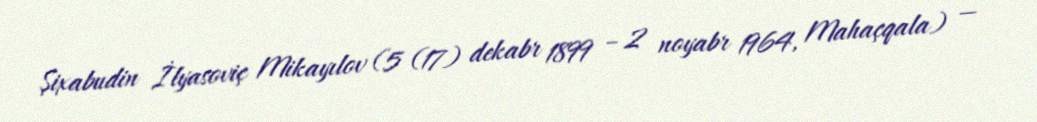
Şixabudin İlyasoviç Mikayılov (5 (17) dekabr 1899 – 2 noyabr 1964, Mahaçqala) —